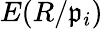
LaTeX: E(R/{\mathfrak{p}}_{i})